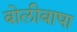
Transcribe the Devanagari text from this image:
बोलीबाषा